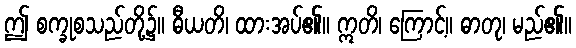
ဤ စက္ခုစသည်တို့၌။ ဓီယတိ၊ ထားအပ်၏။ ဣတိ၊ ကြောင့်။ ဓာတု၊ မည်၏။